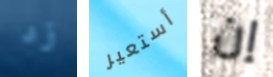
زد أستعير إن